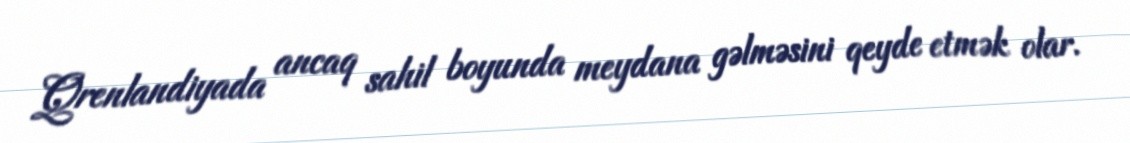
Qrenlandiyada ancaq sahil boyunda meydana gəlməsini qeyde etmək olar.